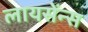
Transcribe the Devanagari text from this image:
लायसेंन्स